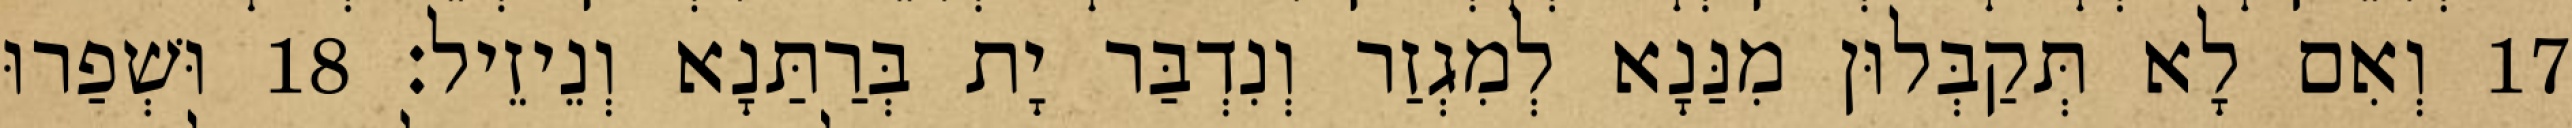
17 וְאִם לָא תְּקַבְּלוּן מִנַּנָא לְמִגְזַר וְנִדְבַּר יָת בְּרַתַּנָא וְנֵיזֵיל׃ 18 וּשְׁפַרוּ